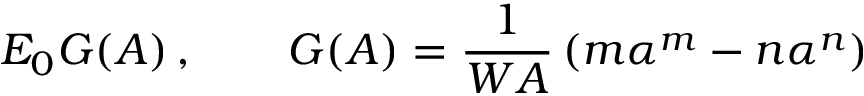
E _ { 0 } G ( A ) \, , \qquad G ( A ) = \frac { 1 } { W A } \left( m \alpha ^ { m } - n \alpha ^ { n } \right)